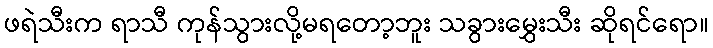
ဖရဲသီးက ရာသီ ကုန်သွားလို့မရတော့ဘူး သခွားမွှေးသီး ဆိုရင်ရော။